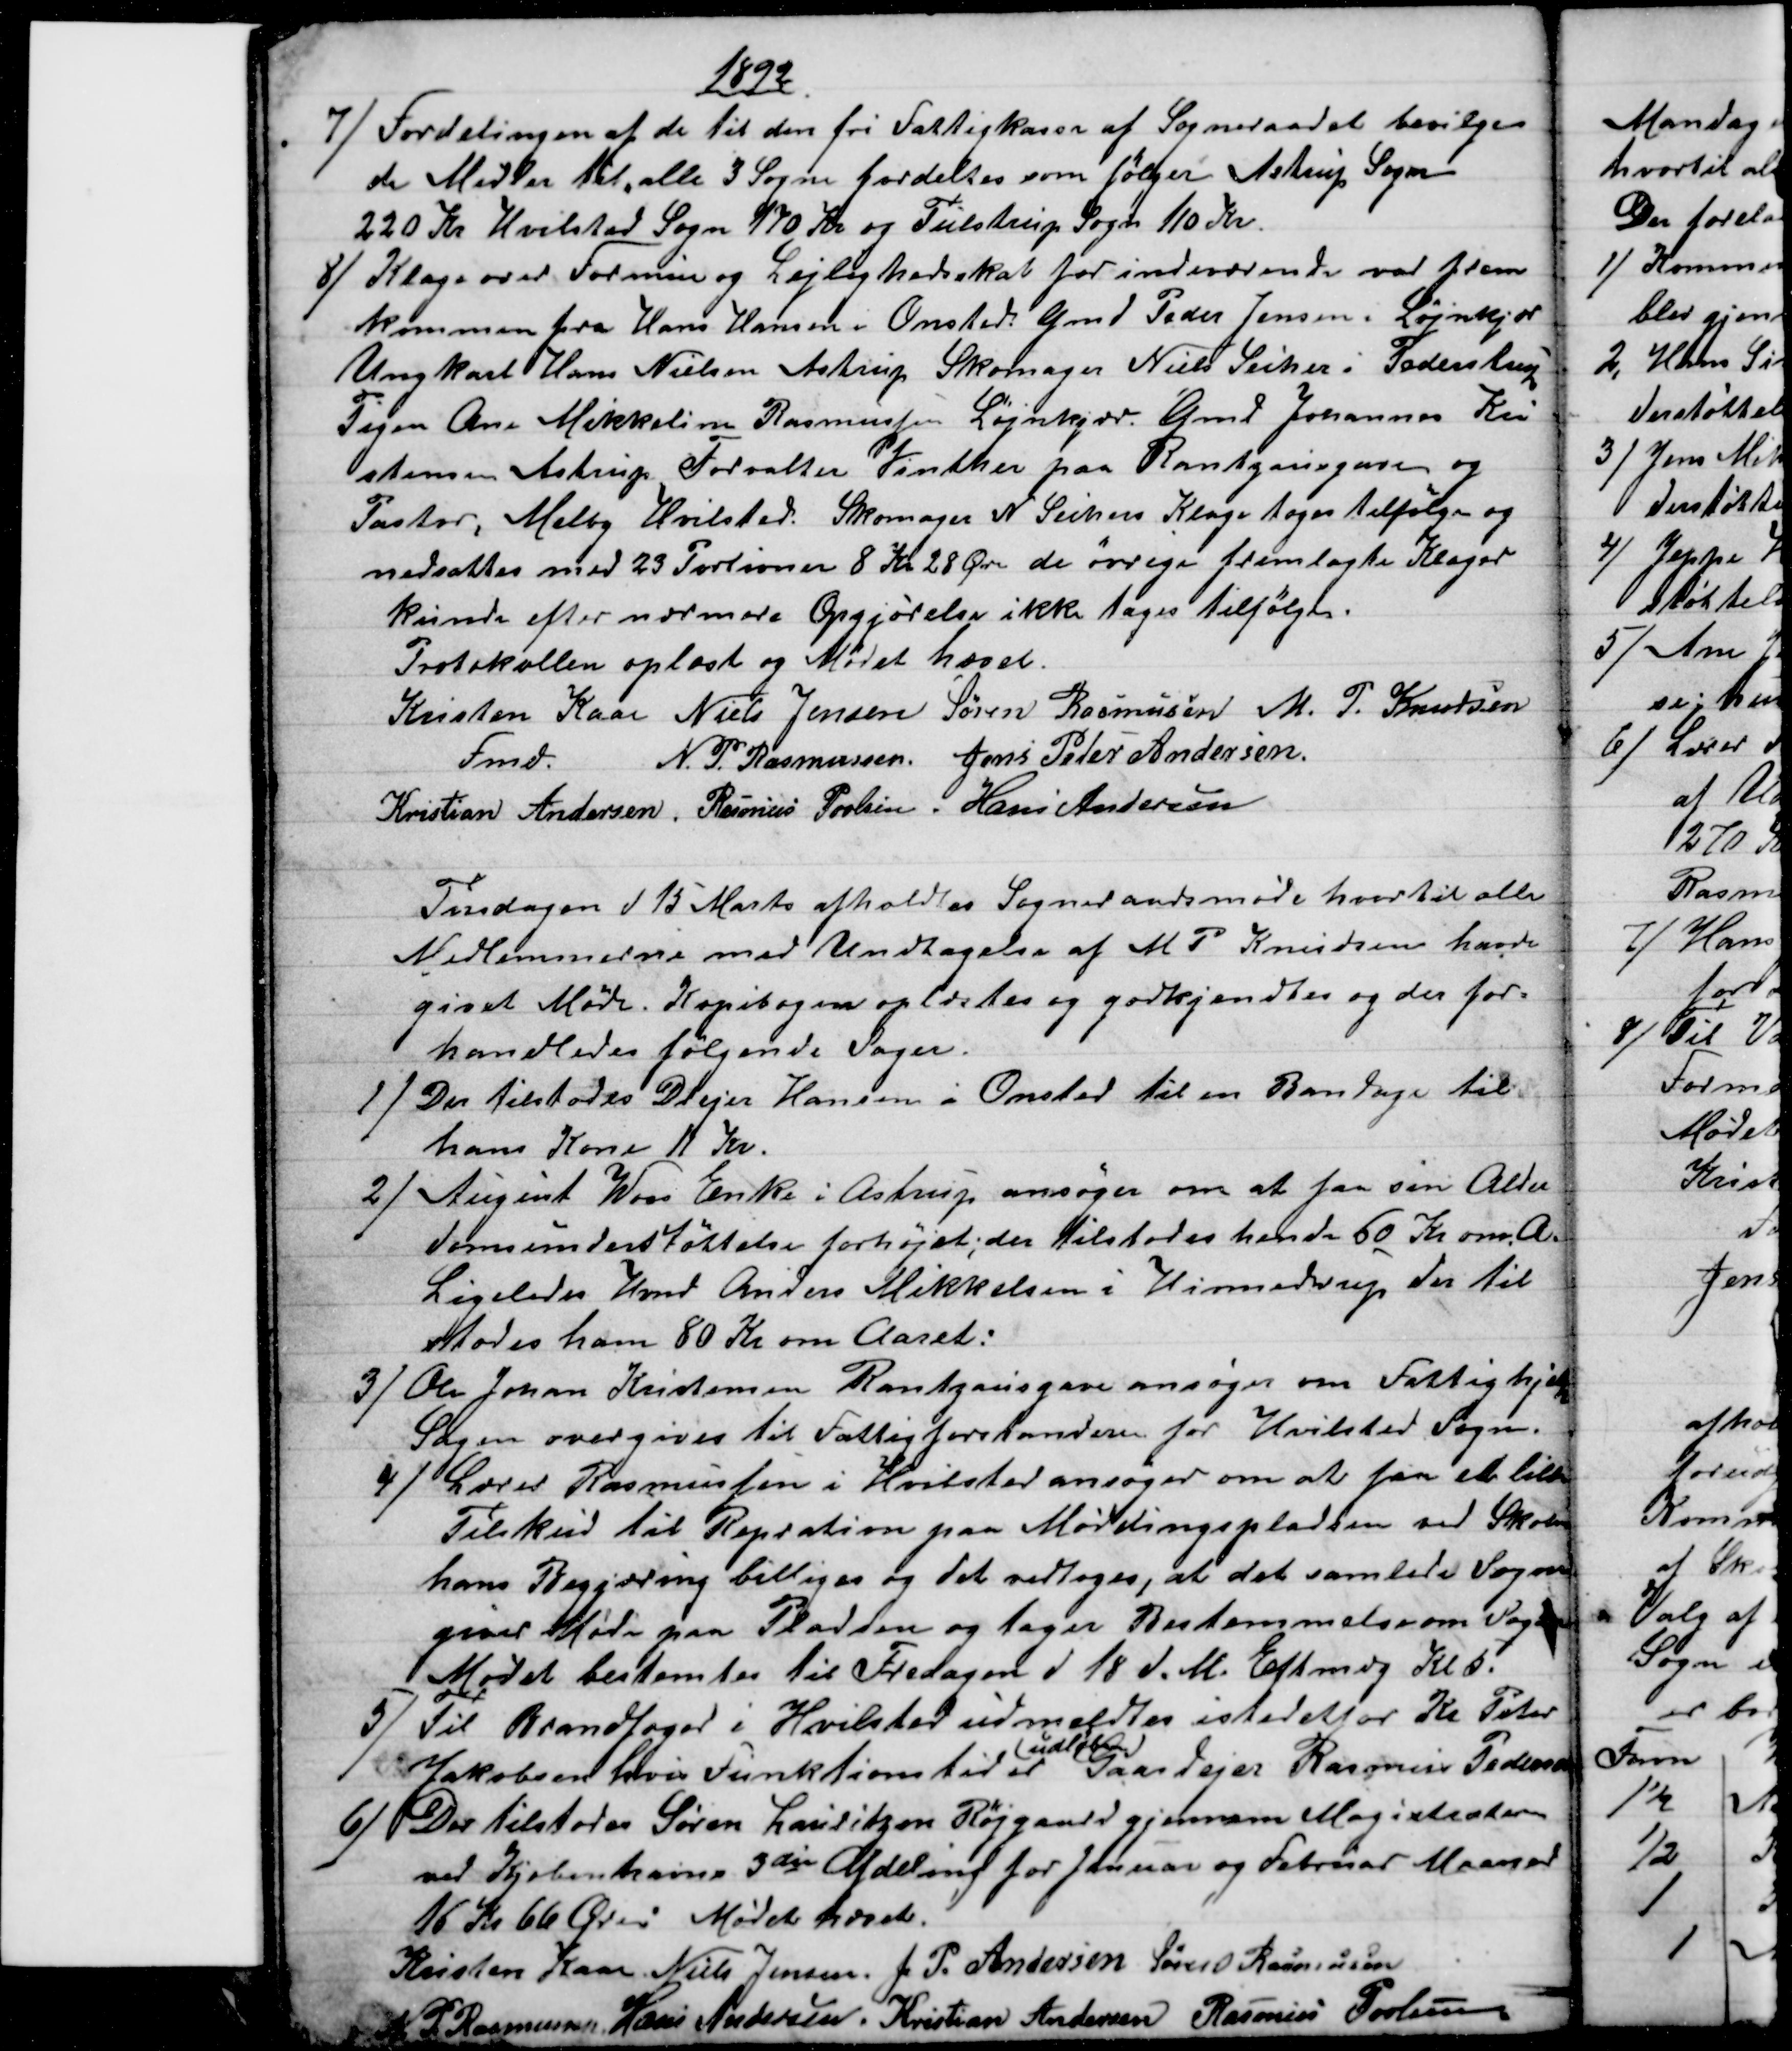
Transskription:
1892
7) 
Fordelingen af de til den fri Fattigkasse af Sogneraadet bevilge
de Midler til, alle 3 Sogne fordeltes som følger Astrup Sogn
220 Kr Hvilsted Sogn 170 Kr og Tulstrup Sogn 110 Kr.
8) 
Klage over Formue og Lejlighedsskat for indeværende var frem
kommen fra Hans Hansen i Onsted. Gmd Peder Jensen, Løjnkjær
Ungkarl Hans Nielsen Astrup Skomager Niels Secher i Pederstrup
Pigen Ane Mikkeline Rasmussen Løjnkjær Gmd Johannes Kri
stensen Astrup Forvalter Vinther paa Rantzausgave og
Pastor, Melby Hvilsted. Skomager N. Sechers Klage toges tilfølge og
nedsattes med 23 Portioner 8 Kr 28 Øre de øvrige fremlagte Klager
kunde efter nærmere Opgjørelse ikke tages tilfølge.
Protokollen oplæst og Mødet hævet.
Kristen Kaae 
Fmd.
Niels Jensen Søren Rasmussen M. P. Knudsen
N. P. Rasmussen Jens Peter Andersen
Kristian Andersen, Rasmus Povlsen. Hans Andersen
Tirsdagen d 15 Marts afholdtes Sogneraadsmøde hvortil alle
Medlemmerne med Undtagelse af M. P. Knudsen havde
givet Møde. Kopibogen oplæstes og godkjendtes og der for-
handledes følgende Sager.
1) 
Der tilstodes Drejer Hansen i Onsted til en Bandage til
hans Kone 11 Kr.
2)
August Woss Enke i Astrup ansøger om at faa sin Alder
domsunderstøttelse forhøjet; der tilstodes hende 50 Kr om A.
Ligeledes Hmd Anders Mikkelsen i Hinnedrup der til
stodes ham 80 Kr om Aaret:
3) 
Ole Johan Kristensen Rantzausgave ansøger om Fattighjelp
Sagen overgives til Fattigforstanderen for Hvilsted Sogn.
4)
Lærer Rasmussen i Hvilsted ansøger om at faa et lille
Tilskud til Repration paa Møddingspladsen ved Skolen
hans Begjæring billiges og det vedtoges, at det samlede Sogne
giver Møde paa Pladsen og tager Bestemmelse om Sagen
Mødet bestemtes til Fredagen d 18 d. M. Eftmdg Kl. 5
5) 
Til Brandfoged i Hvilsted udmeldtes istedetfor Kr. Peter
Jakobsen hvis Funktionstid er 
udløben
Gaardejer Rasmus Pedersen
6) 
Der tilstodes Søren Lauritzen Røjgaard gjennem Magistraten
ved Kjøbenhavns 3die Afdeling for Januar og Februar Maaned
16 Kr 66 Øre: Mødet hævet.
Kristen Kaae. Niels Jensen. J. P. Andersen Søren Rasmussen
N. P. Rasmussen. Hans Andersen. Kristian Andersen Rasmus Povlsen